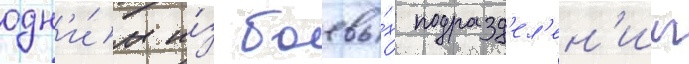
одн'и́м и́з боевы́х подразд'ел'ен'ии